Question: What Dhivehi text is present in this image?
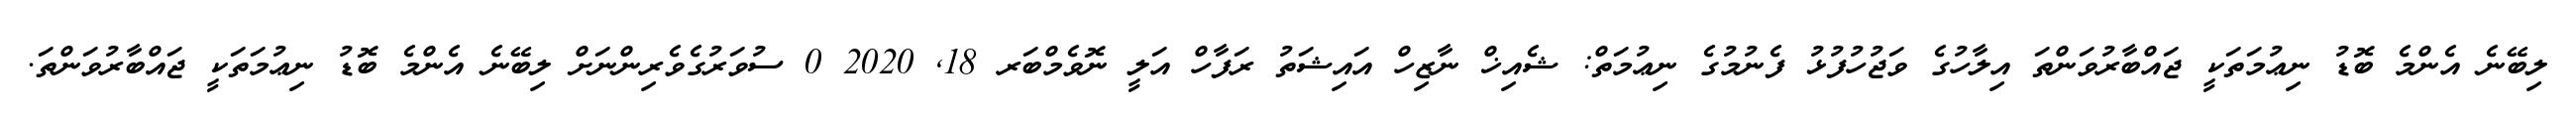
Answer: ލިބޭނެ އެންމެ ބޮޑު ނިޢުމަތަކީ ޖައްބާރުވަންތަ އިލާހުގެ ވަޖުހުފުޅު ފެނުމުގެ ނިޢުމަތް: ޝެއިޚް ނާޒިހް އައިޝަތު ރަފާހް އަލީ ނޮވެމްބަރ 18, 2020 0 ސުވަރުގެވެރިންނަށް ލިބޭނެ އެންމެ ބޮޑު ނިޢުމަތަކީ ޖައްބާރުވަންތަ.